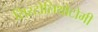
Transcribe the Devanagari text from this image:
सिस्टोलिथोटोमी